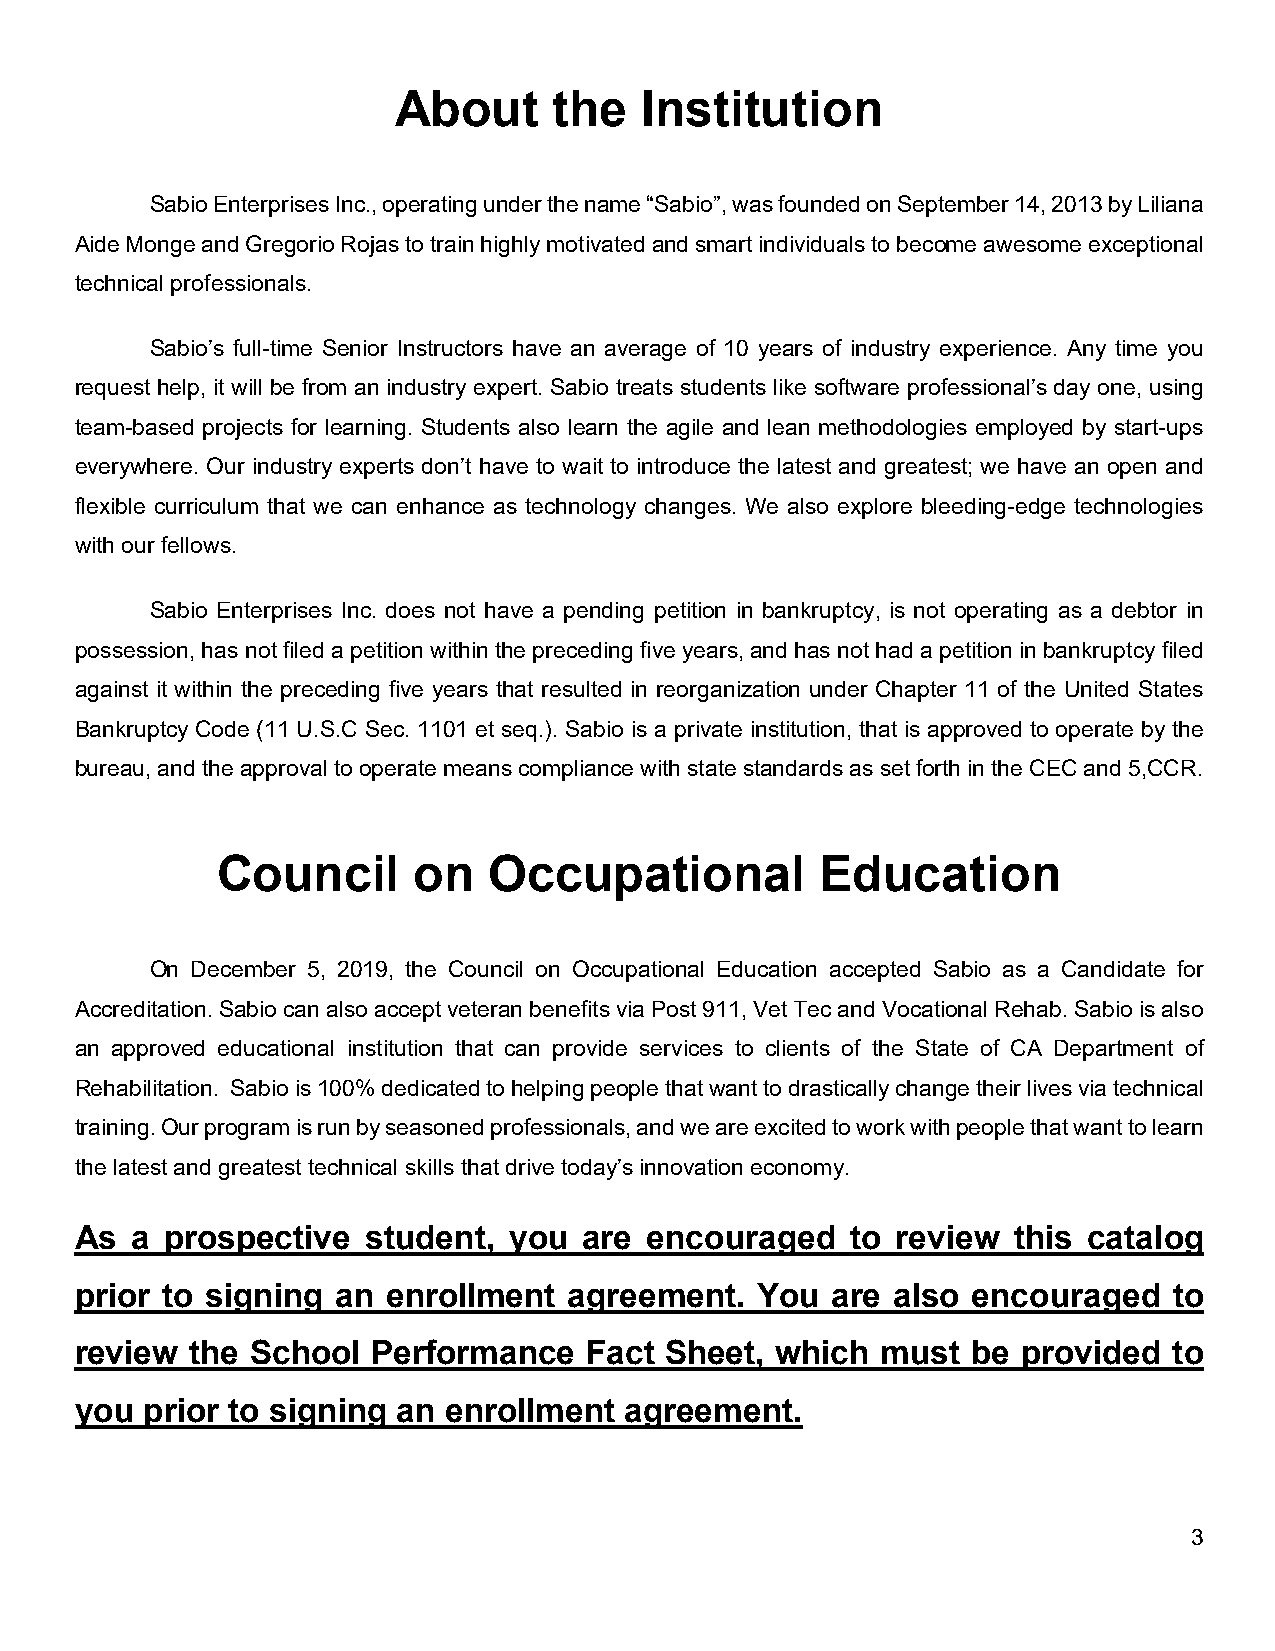
About      the   Institution
 Sabio Enterprises Inc., operating under the name “Sabio”, was founded on September 14, 2013 by Liliana
 Aide Monge and Gregorio Rojas to train highly motivated and smart individuals to become awesome exceptional
 technical professionals.
 Sabio’s full-time Senior Instructors have an average of 10 years of industry experience. Any time you
 request help, it will be from an industry expert. Sabio treats students like software professional’s day one, using
 team-based projects for learning. Students also learn the agile and lean methodologies employed by start-ups
 everywhere. Our industry experts don’t have to wait to introduce the latest and greatest; we have an open and
 flexible curriculum that we can enhance as technology changes. We also explore bleeding-edge technologies
 with our fellows.
 Sabio Enterprises Inc. does not have a pending petition in bankruptcy, is not operating as a debtor in
 possession, has not filed a petition within the preceding five years, and has not had a petition in bankruptcy filed
 against it within the preceding five years that resulted in reorganization under Chapter 11 of the United States
 Bankruptcy Code (11 U.S.C Sec. 1101 et seq.). Sabio is a private institution, that is approved to operate by the
 bureau, and the approval to operate means compliance with state standards as set forth in the CEC and 5,CCR.
 Council      on   Occupational          Education
 On December 5, 2019, the Council on Occupational Education accepted Sabio as a Candidate for
 Accreditation. Sabio can also accept veteran benefits via Post 911, Vet Tec and Vocational Rehab. Sabio is also
 an approved educational institution that can provide services to clients of the State of CA Department of
 Rehabilitation. Sabio is 100% dedicated to helping people that want to drastically change their lives via technical
 training. Our program is run by seasoned professionals, and we are excited to work with people that want to learn
 the latest and greatest technical skills that drive today’s innovation economy.
 As  a prospective  student,  you  are encouraged   to review  this catalog
 prior to signing an  enrollment  agreement.  You  are also encouraged    to
 review  the School  Performance   Fact Sheet, which  must  be  provided  to
 you prior to signing an enrollment  agreement.
 3